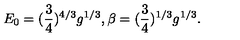
E _ { 0 } = ( { \frac { 3 } { 4 } } ) ^ { 4 / 3 } g ^ { 1 / 3 } , \beta = ( { \frac { 3 } { 4 } } ) ^ { 1 / 3 } g ^ { 1 / 3 } .